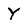
Character: Y